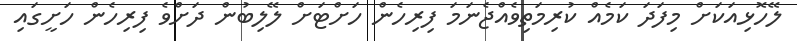
ލޭހޮޅިއަކަށް މިފަދަ ކަމެއް ކުރިމަތިވެއްޖެނަމަ ފިރިހެން ހަށްޓަށް ލޭލިބުން ދަށްވެ ފިރިހެން ހަށީގައި